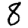
Digit: 8